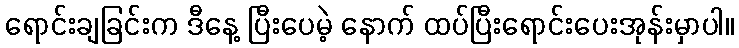
ရောင်းချခြင်းက ဒီနေ့ ပြီးပေမဲ့ နောက် ထပ်ပြီးရောင်းပေးအုန်းမှာပါ။